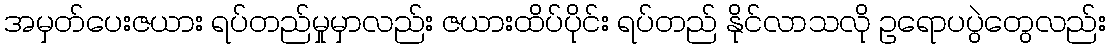
အမှတ်ပေးဇယား ရပ်တည်မှုမှာလည်း ဇယားထိပ်ပိုင်း ရပ်တည် နိုင်လာသလို ဥရောပပွဲတွေလည်း